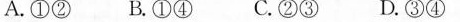
A. ①② B. ①④ C. ②③ D. ③④